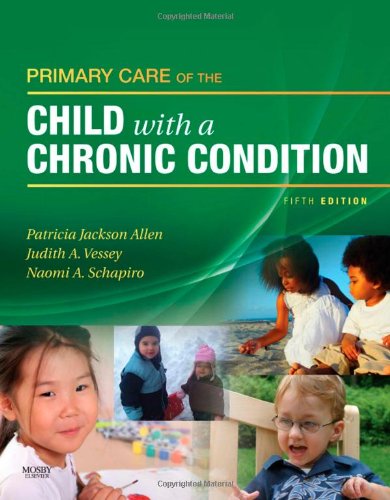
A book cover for Primary Care of the Child with a Chronic Condition, 5e; Medical Books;